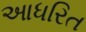
આધરિત